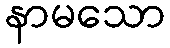
နာမသော